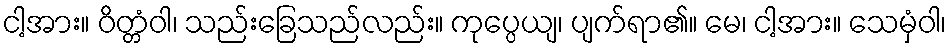
ငါ့အား။ ဝိတ္တံဝါ၊ သည်းခြေသည်လည်း။ ကုပ္ပေယျ၊ ပျက်ရာ၏။ မေ၊ ငါ့အား။ သေမှံဝါ၊